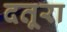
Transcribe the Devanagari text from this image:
दतूरा